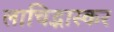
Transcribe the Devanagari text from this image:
लाचिद्भास्कर